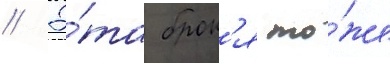
// Э́та брон'я то́же